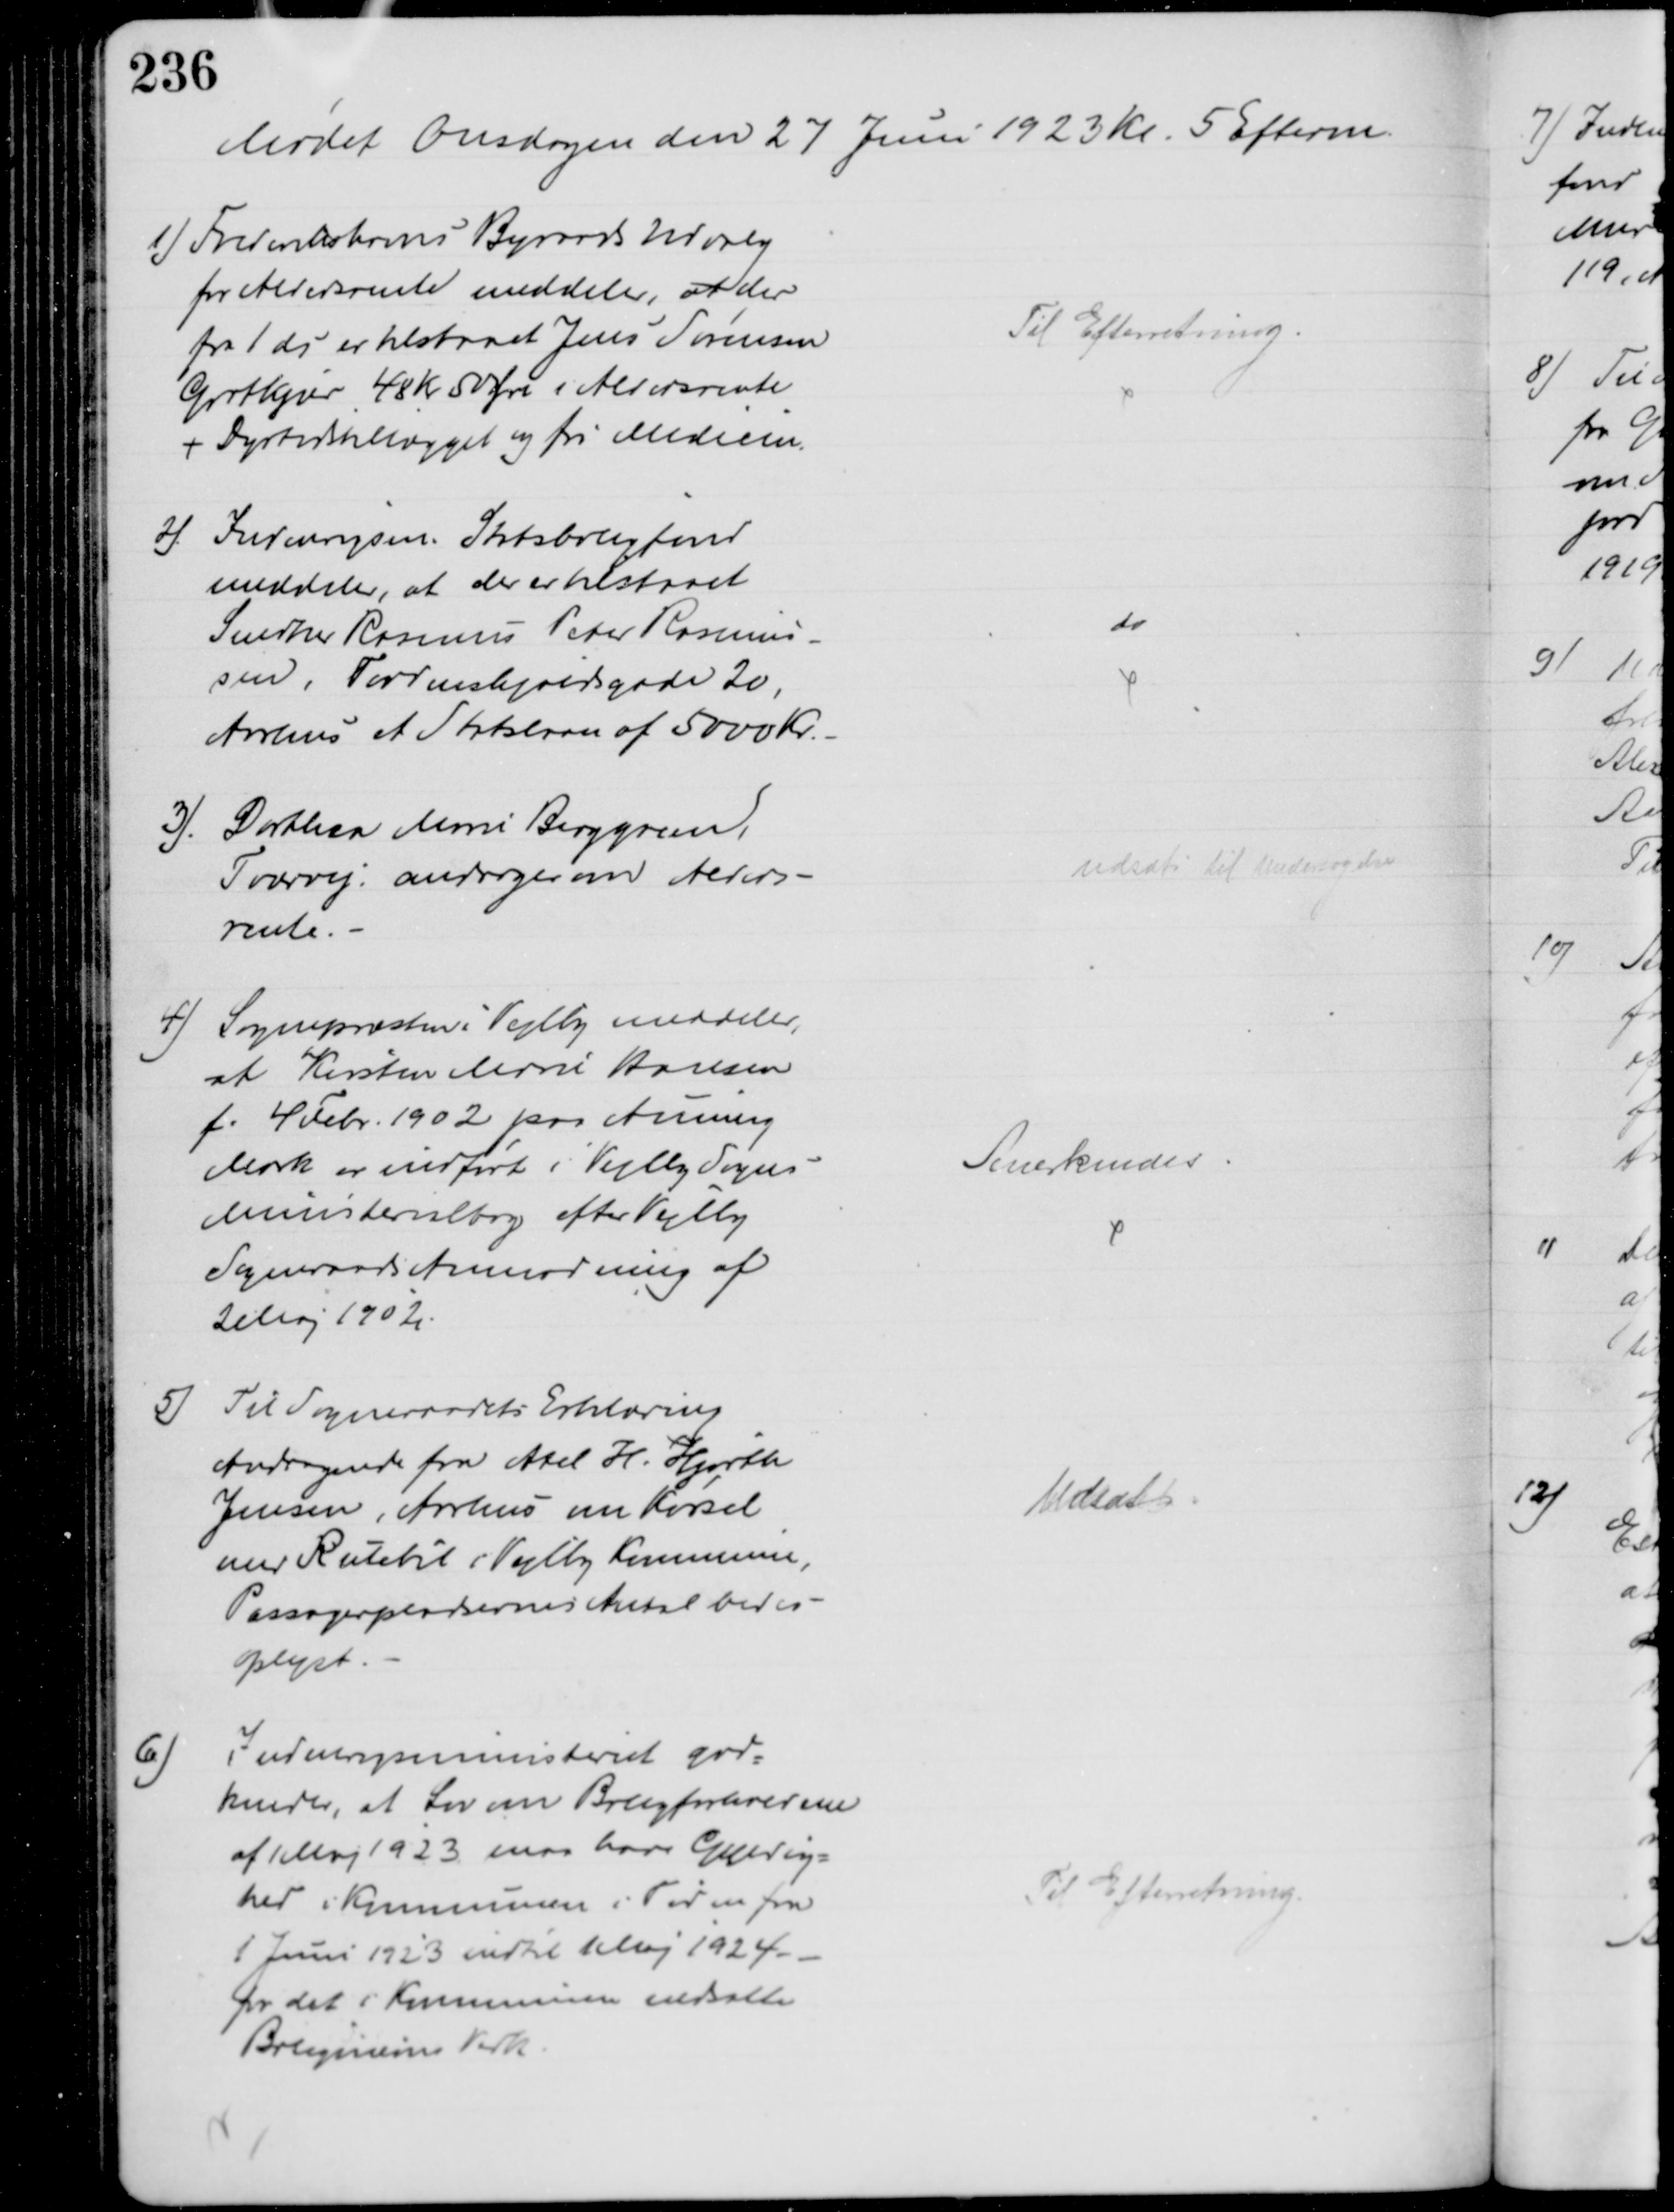
Transskription:
Mødet Onsdagen den 27 Juni 1923 Kl. 5 Efterm.
1) Frederikshavns Byraads Udvalg
for Aldersrente meddeler, at der
fra 1 ds er tilstaaet Jens Sørensen
Grotkjær 48 Kr 50 Øre i Aldersrente
+ Dyrtidstillægget og fri Medicin.
Til Efterretning.
2). Indenrigsm. Statsbrugfond
meddeler, at der er tilstaaet
Snedker Rasmus Peter Rasmus-
sen, Tordenskjoldsgade 20,
Aarhus et Statslaan af 5000 Kr.
do
3). Dorthea Marie Berggreen,
Tværvej, andrager om Alders-
rente.
udsat til Undersøgelse
4)
Sognepræsten i Vejlby meddeler,
at Kirsten Marie Hansen
f. 4 Febr. 1902 paa Auning
Mark er indført i Vejlby Sogns
Ministerialbog efter Vejlby
Sogneraads Anmodning af
2 Maj 1902.
Anerkendes
5) Til Sogneraadets Erklæring
Andragende fra Axel H. Hjorth
Jensen, Aarhus om Kørsel
med Rutebil i Vejlby Kommune,
Passagerpladsernes Antal bedes.
oplyst.
Udsat
6)
Indenrigsministeriet god-
kender, at Lov om Boligforholdene
af 1 Maj 1923 maa have Gyldig-
hed i Kommunen i Tiden for
1 Juni 1923 indtil 1 Maj 1924.
for det i Kommunen nedsatte
Bolignævns Virk.
Til Efterretning.